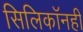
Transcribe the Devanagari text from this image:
सिलिकॉनही